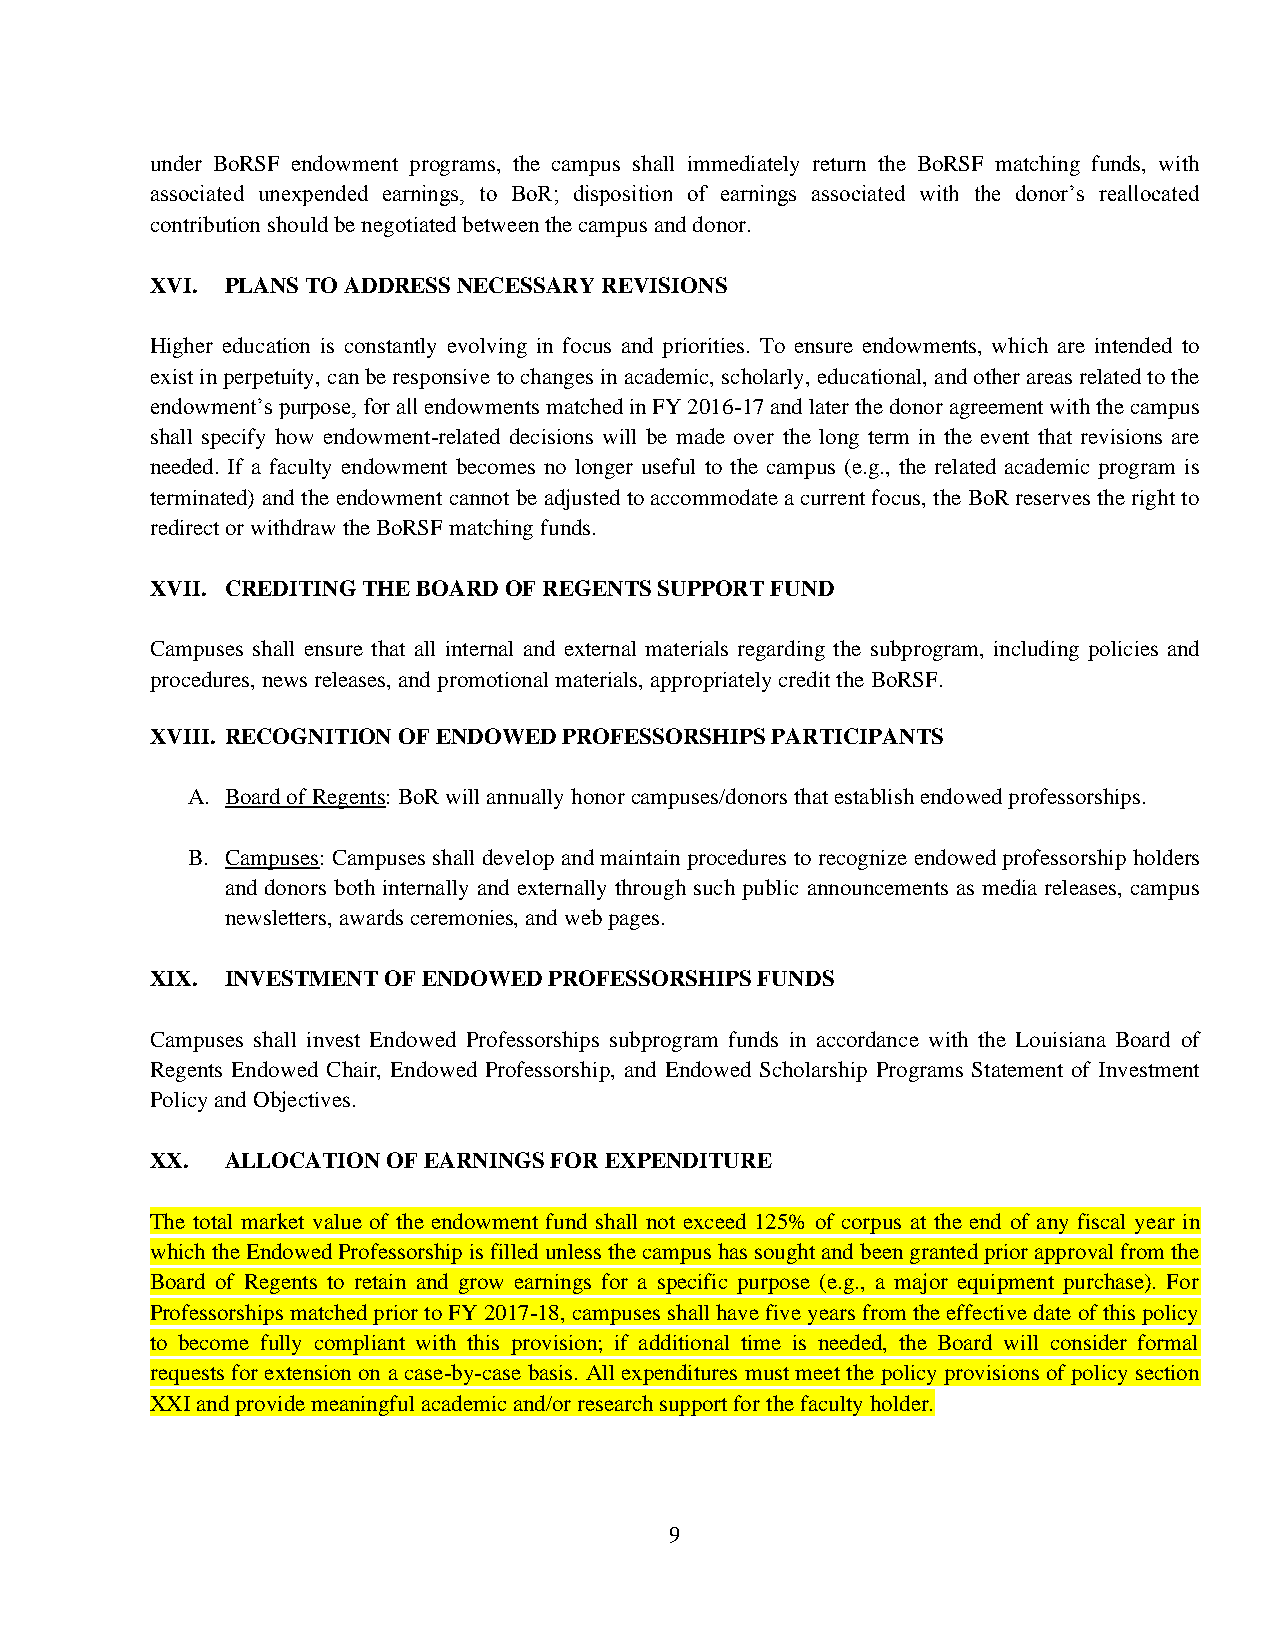
under BoRSF endowment programs, the campus shall immediately return the BoRSF matching funds, with
 associated unexpended earnings, to BoR; disposition of earnings associated with the donor’s reallocated
 contribution should be negotiated between the campus and donor.
 XVI. PLANS TO ADDRESS NECESSARY REVISIONS
 Higher education is constantly evolving in focus and priorities. To ensure endowments, which are intended to
 exist in perpetuity, can be responsive to changes in academic, scholarly, educational, and other areas related to the
 endowment’s purpose, for all endowments matched in FY 2016-17 and later the donor agreement with the campus
 shall specify how endowment-related decisions will be made over the long term in the event that revisions are
 needed. If a faculty endowment becomes no longer useful to the campus (e.g., the related academic program is
 terminated) and the endowment cannot be adjusted to accommodate a current focus, the BoR reserves the right to
 redirect or withdraw the BoRSF matching funds.
 XVII. CREDITING THE BOARD OF REGENTS SUPPORT FUND
 Campuses shall ensure that all internal and external materials regarding the subprogram, including policies and
 procedures, news releases, and promotional materials, appropriately credit the BoRSF.
 XVIII. RECOGNITION OF ENDOWED PROFESSORSHIPS PARTICIPANTS
 A. Board of Regents: BoR will annually honor campuses/donors that establish endowed professorships.
 B. Campuses: Campuses shall develop and maintain procedures to recognize endowed professorship holders
 and donors both internally and externally through such public announcements as media releases, campus
 newsletters, awards ceremonies, and web pages.
 XIX. INVESTMENT OF ENDOWED PROFESSORSHIPS FUNDS
 Campuses shall invest Endowed Professorships subprogram funds in accordance with the Louisiana Board of
 Regents Endowed Chair, Endowed Professorship, and Endowed Scholarship Programs Statement of Investment
 Policy and Objectives.
 XX.  ALLOCATION OF EARNINGS FOR EXPENDITURE
 The total market value of the endowment fund shall not exceed 125% of corpus at the end of any fiscal year in
 which the Endowed Professorship is filled unless the campus has sought and been granted prior approval from the
 Board of Regents to retain and grow earnings for a specific purpose (e.g., a major equipment purchase). For
 Professorships matched prior to FY 2017-18, campuses shall have five years from the effective date of this policy
 to become fully compliant with this provision; if additional time is needed, the Board will consider formal
 requests for extension on a case-by-case basis. All expenditures must meet the policy provisions of policy section
 XXI and provide meaningful academic and/or research support for the faculty holder.
 9